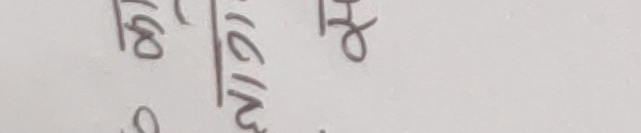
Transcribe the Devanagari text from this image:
१६०
९०
मिचिं
३०